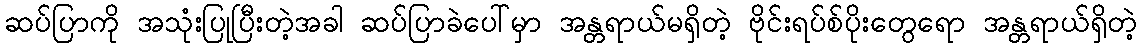
ဆပ်ပြာကို အသုံးပြုပြီးတဲ့အခါ ဆပ်ပြာခဲပေါ်မှာ အန္တရာယ်မရှိတဲ့ ဗိုင်းရပ်စ်ပိုးတွေရော အန္တရာယ်ရှိတဲ့